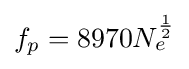
f_{p}=8970N_{e}^{\frac {1}{2}}